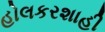
હોલકરશાહી